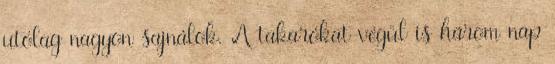
utólag nagyon sajnálok. A takarókat végül is három nap